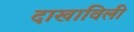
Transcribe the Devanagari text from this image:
दाखाविली